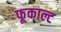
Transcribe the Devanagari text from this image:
फूकाल्ट